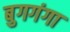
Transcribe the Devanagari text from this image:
बुगगंगा